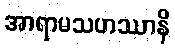
အာရာမသဟဿာနိ